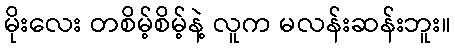
မိုးလေး တစိမ့်စိမ့်နဲ့ လူက မလန်းဆန်းဘူး။